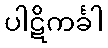
ပါဋိကင်္ခါ